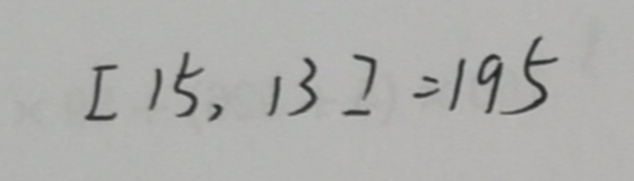
[ 1 5 , 1 3 ] = 1 9 5